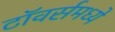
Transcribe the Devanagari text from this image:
टॉवर्समध्ये